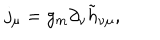
j _ { \mu } = g _ { m } \partial _ { \nu } \tilde { h } _ { \nu \mu } ,